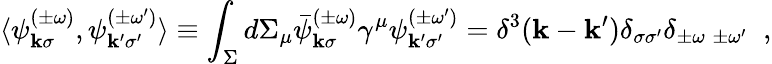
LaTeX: \langle\psi_{{\mathbf k}\sigma}^{(\pm\omega)},\psi_{{\mathbf k}^{\prime}\sigma^{\prime}}^{(\pm\omega^{\prime})}\rangle\equiv\int_{\Sigma}d\Sigma_{\mu}\bar{\psi}_{{\mathbf k}\sigma}^{(\pm\omega)}\gamma^{\mu}\psi_{{\mathbf k}^{\prime}\sigma^{\prime}}^{(\pm\omega^{\prime})}=\delta^{3}({\mathbf k}-{\mathbf k}^{\prime})\delta_{\sigma\sigma^{\prime}}\delta_{\pm\omega\; \pm\omega^{\prime}}\; \; ,